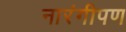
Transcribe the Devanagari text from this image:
नारंगीपण